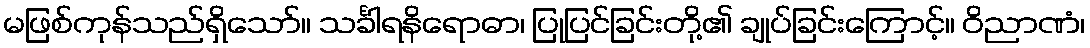
မဖြစ်ကုန်သည်ရှိသော်။ သင်္ခါရနိရောဓာ၊ ပြုပြင်ခြင်းတို့၏ ချုပ်ခြင်းကြောင့်။ ဝိညာဏံ၊